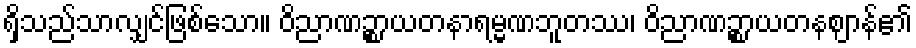
ရှိသည်သာလျှင်ဖြစ်သော။ ဝိညာဏဉ္စာယတနာရမ္မဏဘူတဿ၊ ဝိညာဏဉ္စာယတနဈာန်၏